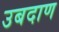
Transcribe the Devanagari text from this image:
उबदाण